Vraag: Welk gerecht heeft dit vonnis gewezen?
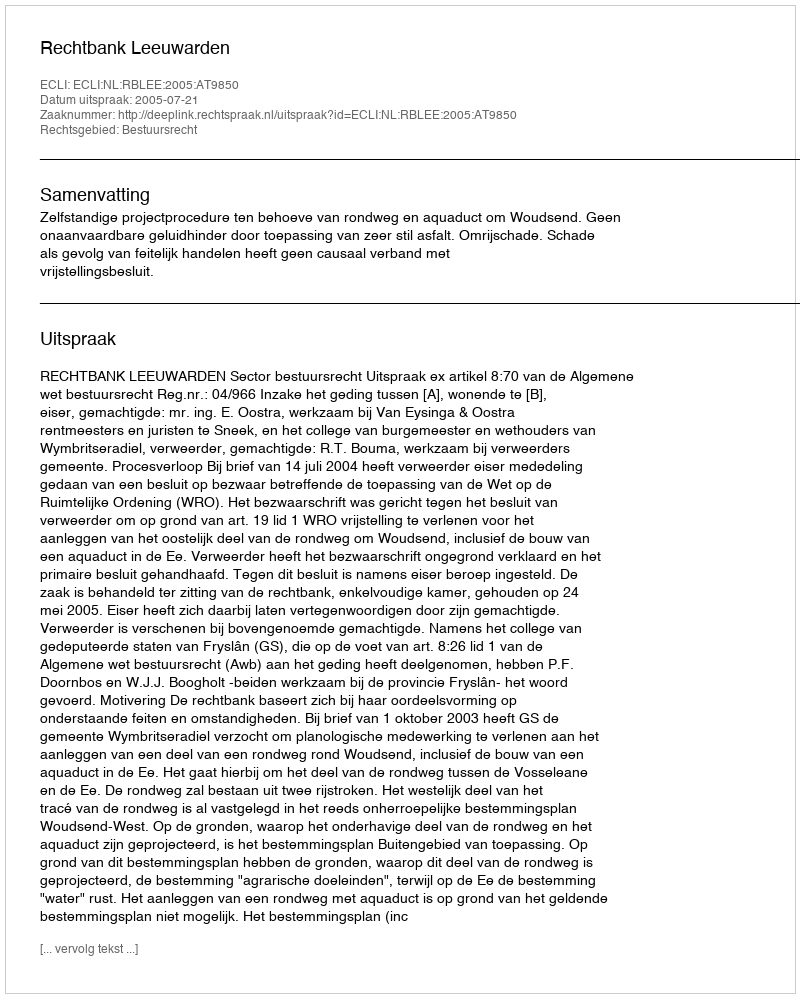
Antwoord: Rechtbank Leeuwarden